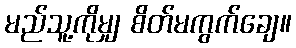
မည်သူ့ကိုမျှ စိတ်မကွက်ချေ။